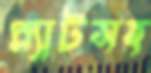
প্ল্যাটসহ